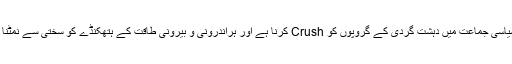
ہر سیاسی جماعت میں دہشت گردی کے گروپوں کو Crush کرنا ہے اور ہراندرونی و بیرونی طاقت کے ہتھکنڈے کو سختی سے نمٹنا ہے۔